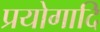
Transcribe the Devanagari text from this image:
प्रयोगादि